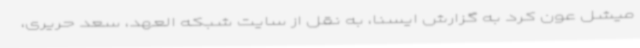
میشل عون کرد به گزارش ایسنا، به نقل از سایت شبکه العهد، سعد حریری،